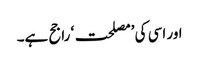
اور اسی کی ’مصلحت‘ راجح ہے۔